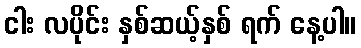
ငါး လပိုင်း နှစ်ဆယ့်နှစ် ရက် နေ့ပါ။